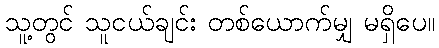
သူ့တွင် သူငယ်ချင်း တစ်ယောက်မျှ မရှိပေ။